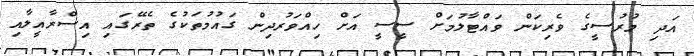
އަދި މުރުސީގެ ވެރިކަން ވައްޓާލުމަށް ސީސީ އަށް ހިއްވަރުދިން ގައުމުތަކުގެ ތެރޭގައި އިސްރާއީލާއި